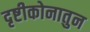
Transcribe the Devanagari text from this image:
दृष्टीकोनातुन